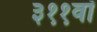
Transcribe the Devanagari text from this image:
३११वॉ